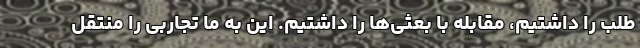
طلب را داشتیم، مقابله با بعثی‌ها را داشتیم. این به ما تجاربی را منتقل